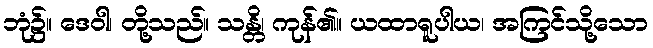
ဘုံ၌။ ဒေဝါ၊ တို့သည်။ သန္တိ၊ ကုန်၏။ ယထာရူပါယ၊ အကြင်သို့သော